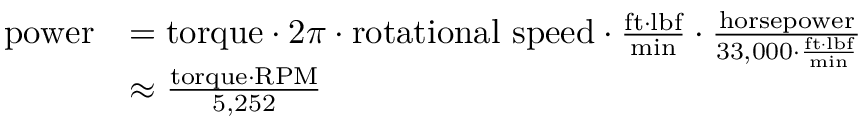
{ \begin{array} { r l } { { \mathrm { p o w e r } } } & { = { \mathrm { t o r q u e } } \cdot 2 \pi \cdot { \mathrm { r o t a t i o n a l ~ s p e e d } } \cdot { \frac { { \mathrm { f t } } { \cdot } { \mathrm { l b f } } } { \mathrm { m i n } } } \cdot { \frac { \mathrm { h o r s e p o w e r } } { 3 3 , 0 0 0 \cdot { \frac { { \mathrm { f t } } \cdot { \mathrm { l b f } } } { \mathrm { m i n } } } } } } \\ & { \approx { \frac { { \mathrm { t o r q u e } } \cdot { \mathrm { R P M } } } { 5 , 2 5 2 } } } \end{array} }